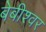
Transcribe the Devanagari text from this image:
बेबीश्वर